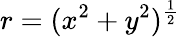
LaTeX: r=(x^{2}+y^{2})^{\frac{1}{2}}